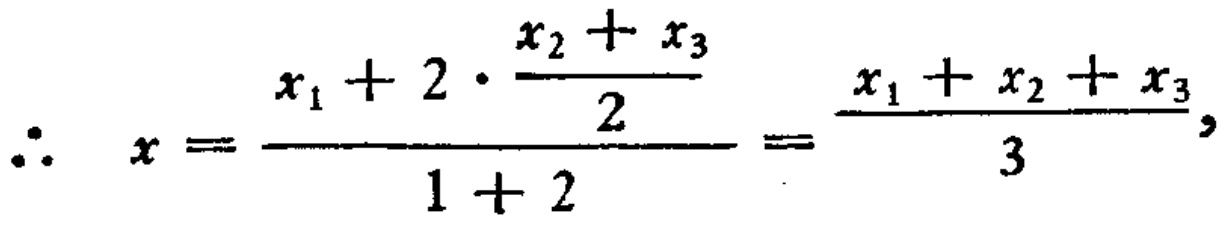
\(\therefore\ x=\frac{x_{1}+2\cdot\frac{x_{2}+x_{3}}{2}}{1 + 2}=\frac{x_{1}+x_{2}+x_{3}}{3},\)